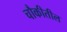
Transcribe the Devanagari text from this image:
चौकीतील